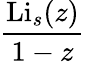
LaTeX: \frac{\operatorname{Li}_{s}(z)}{1-z}